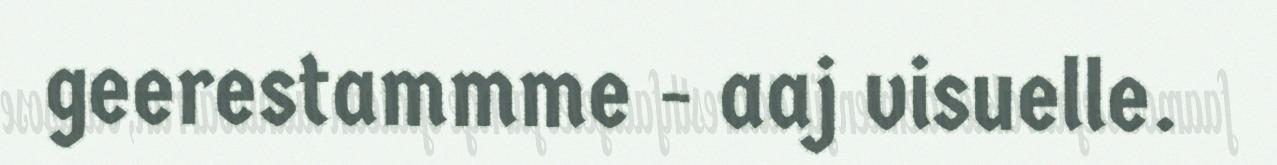
geerestammme - aaj visuelle.